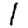
Digit: 1